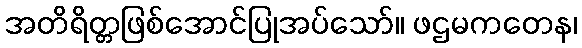
အတိရိတ္တဖြစ်အောင်ပြုအပ်သော်။ ဖဌမကတေန၊